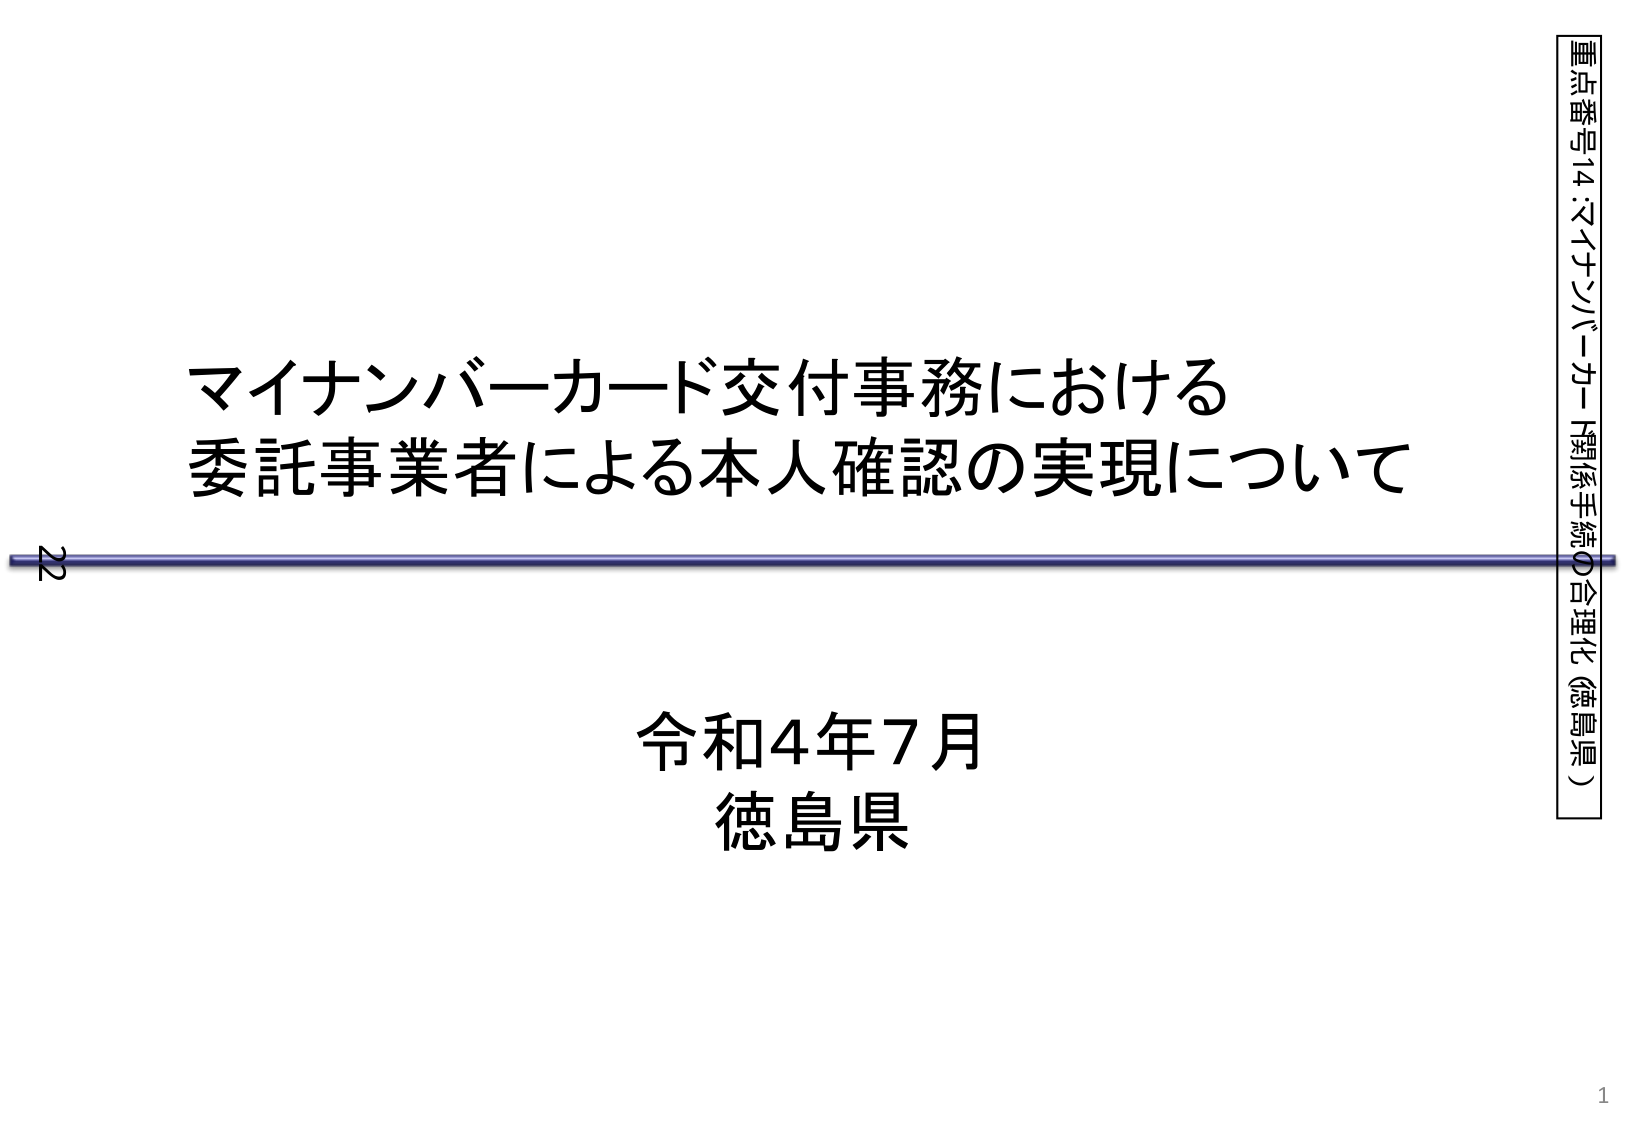
マイナンバーカード交付事務における
委託事業者による本人確認の実現について

令和4年7月
徳島県

重点番号14：マイナンバーカード関係手続の合理化（徳島県）

22
1